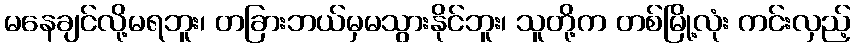
မနေချင်လို့မရဘူး၊ တခြားဘယ်မှမသွားနိုင်ဘူး၊ သူတို့က တစ်မြို့လုံး ကင်းလှည့်